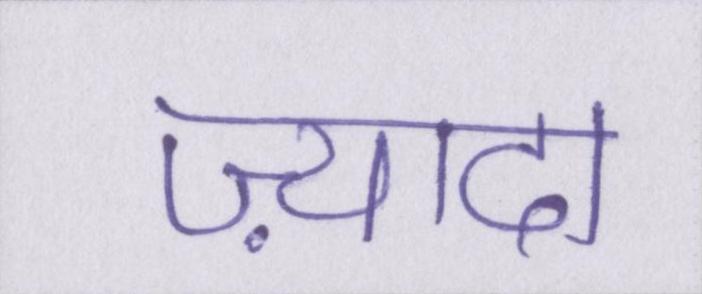
ज़्यादा